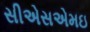
સીએસએમઇ